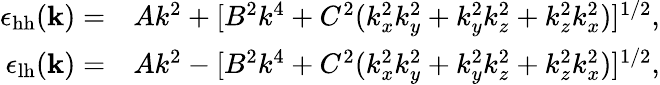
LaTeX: \begin{array}{rl}{\epsilon_{\mathrm{hh}}(\mathbf k)=}&{Ak^{2}+[B^{2}k^{4}+C^{2}(k_{x}^{2}k_{y}^{2}+k_{y}^{2}k_{z}^{2}+k_{z}^{2}k_{x}^{2})]^{1/2},}\\ {\epsilon_{\mathrm{lh}}(\mathbf k)=}&{Ak^{2}-[B^{2}k^{4}+C^{2}(k_{x}^{2}k_{y}^{2}+k_{y}^{2}k_{z}^{2}+k_{z}^{2}k_{x}^{2})]^{1/2},}\end{array}